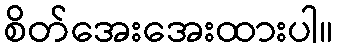
စိတ်အေးအေးထားပါ။